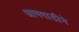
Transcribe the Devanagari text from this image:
आगगाडीने